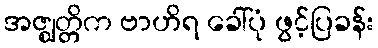
အဇ္ဈတ္တိက ဗာဟိရ ခေါ်ပုံ ဖွင့်ပြခန်း